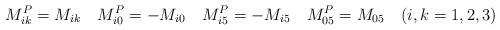
LaTeX: \begin{align*}M_{ik}^P=M_{ik}\quad M_{i0}^P=-M_{i0} \quad M_{i5}^P=-M_{i5}\quad M_{05}^P=M_{05}\quad (i,k=1,2,3) \end{align*}